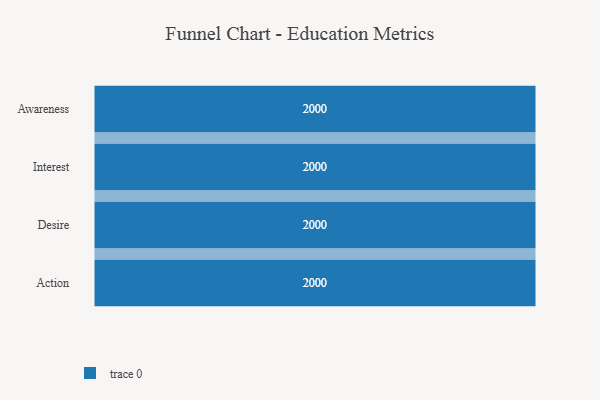
{"axis": {"x": "Stage", "y": "Value"}, "legend": [""], "data": [{"x": "Awareness", "y": 2000, "type": ""}, {"x": "Interest", "y": 2000, "type": ""}, {"x": "Desire", "y": 2000, "type": ""}, {"x": "Action", "y": 2000, "type": ""}]}